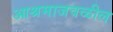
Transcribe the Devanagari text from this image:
आश्रमाजवळील